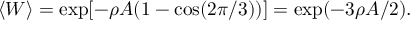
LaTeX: \langle W \rangle = \exp [ - \rho A ( 1 - \cos ( 2 \pi / 3 ) ) ] = \exp ( - 3 \rho A / 2 ) .